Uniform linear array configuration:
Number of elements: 4
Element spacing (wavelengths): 0.25
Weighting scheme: binomial
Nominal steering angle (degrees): -15
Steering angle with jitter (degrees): -13.168
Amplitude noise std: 0.05
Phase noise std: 0.05

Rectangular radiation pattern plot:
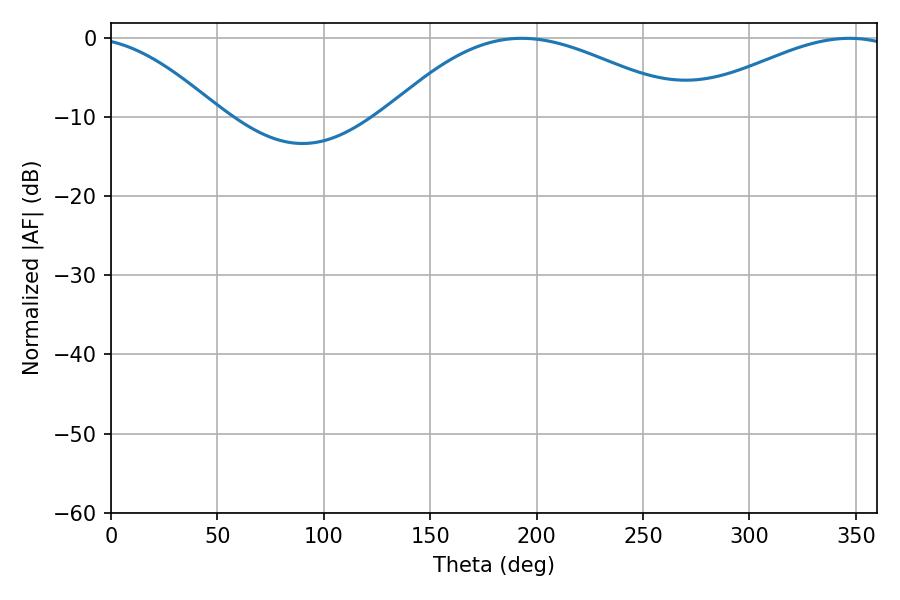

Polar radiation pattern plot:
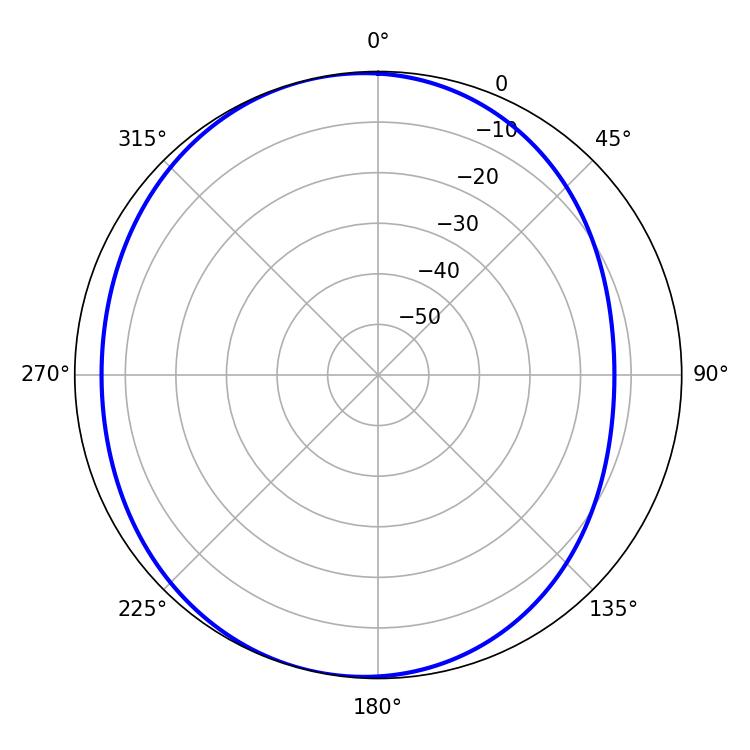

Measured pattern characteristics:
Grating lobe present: FALSE
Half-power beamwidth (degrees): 77.4
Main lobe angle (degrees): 192.96